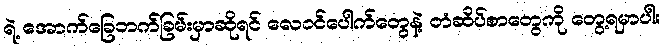
ရဲ့ အောက်ခြေဘက်ခြမ်းမှာဆိုရင် လေဝင်ပေါက်တွေနဲ့ တံဆိပ်စာတွေကို တွေ့ရမှာပါ။